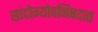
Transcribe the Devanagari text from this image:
छांदोग्योपनिषदात